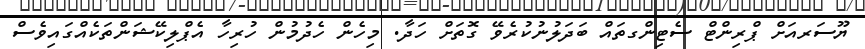
ޔޫސަރއަށް ޕްރިންޓް ސެޓިންގތައް ބަދަލުނުކުރެވޭ ގޮތަށް ހަދާ. މިހެން ހެދުމުން ހުރިހާ އެޕްލިކޭޝަންތަކެއްގައިވެސް